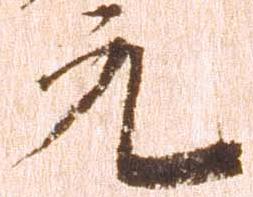
元